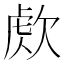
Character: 𣣕